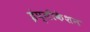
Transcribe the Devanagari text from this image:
इंप्लीकेशन